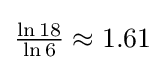
{\tfrac {\ln 18}{\ln 6}}\approx 1.61